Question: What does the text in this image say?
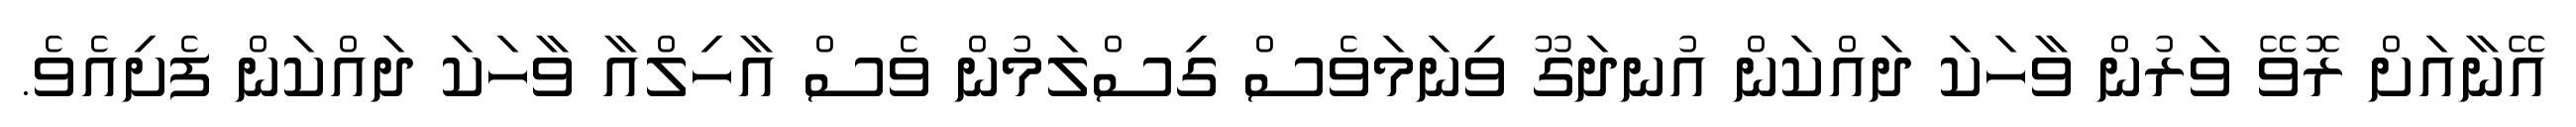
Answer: އޭނާއަށް ރޮވޭ ވަރުން ވާހަކަ ދައްކަން އުނދަގޫ ވިނަމަވެސް ގިސްލަމުން ވެސް އާހިލްއާ ވާހަކަ ދައްކަން ފެށިއެވެ.